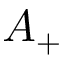
A _ { + }